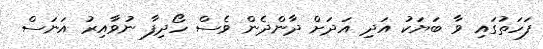
ފަހަތުގައި ވާ ބަޔަކު އަދި އަދަށް ދާންދެން ވެސް ހޯދިފާ ނުވާއިރު އަނަސް